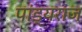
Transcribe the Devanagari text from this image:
पांड्यराज